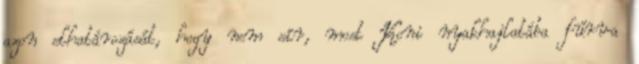
azon elhatározását, hogy nem sír, most Koni nyakhajlatába fúrva